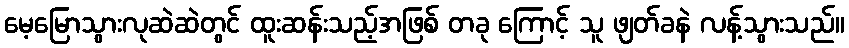
မေ့မြောသွားလုဆဲဆဲတွင် ထူးဆန်းသည့်အဖြစ် တခု ကြောင့် သူ ဖျတ်ခနဲ လန့်သွားသည်။